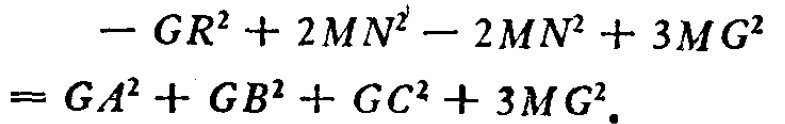
\[

\begin{align*}

- GR^{2}+2MN^{2}-2MN^{2}+3MG^{2}&\\

=GA^{2}+GB^{2}+GC^{2}+3MG^{2}.

\end{align*}

\]